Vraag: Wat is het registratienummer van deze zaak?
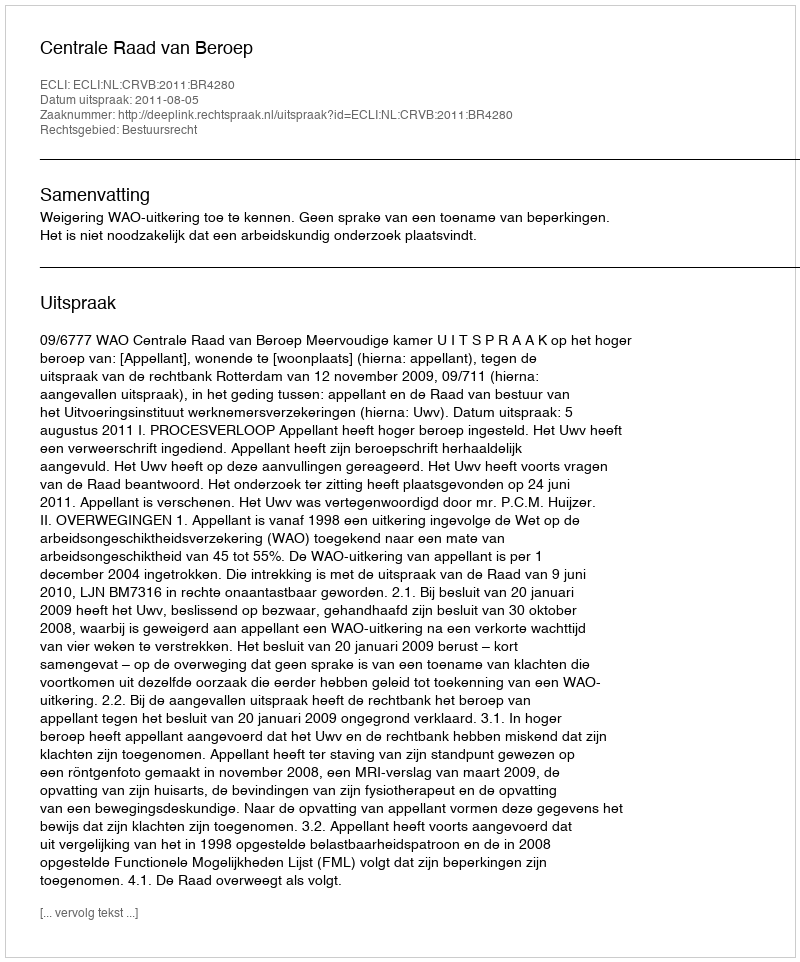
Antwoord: http://deeplink.rechtspraak.nl/uitspraak?id=ECLI:NL:CRVB:2011:BR4280